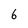
Character: 6